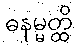
ဓနမ္မတ္ထိ